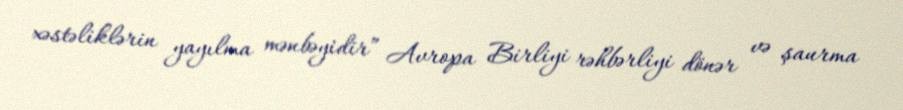
xəstəliklərin yayılma mənbəyidir” Avropa Birliyi rəhbərliyi dönər və şaurma